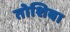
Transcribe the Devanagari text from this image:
तोशिबा